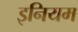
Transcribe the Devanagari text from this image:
इनियम